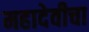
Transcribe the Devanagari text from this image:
महादेवीचा